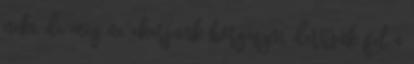
neki, de még ne akarjunk horgászni, derítsük fel a